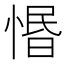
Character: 惽